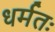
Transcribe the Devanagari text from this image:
धर्मतः